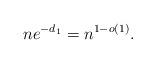
LaTeX: \begin{align*} n e^{-d_1} = n^{1-o(1)}.\end{align*}